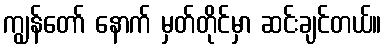
ကျွန်တော် နောက် မှတ်တိုင်မှာ ဆင်းချင်တယ်။